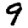
Digit: 9